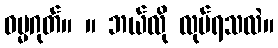
ဓမ္မဂုတ်။ ။ ဘယ်လို လုပ်ရသလဲ။